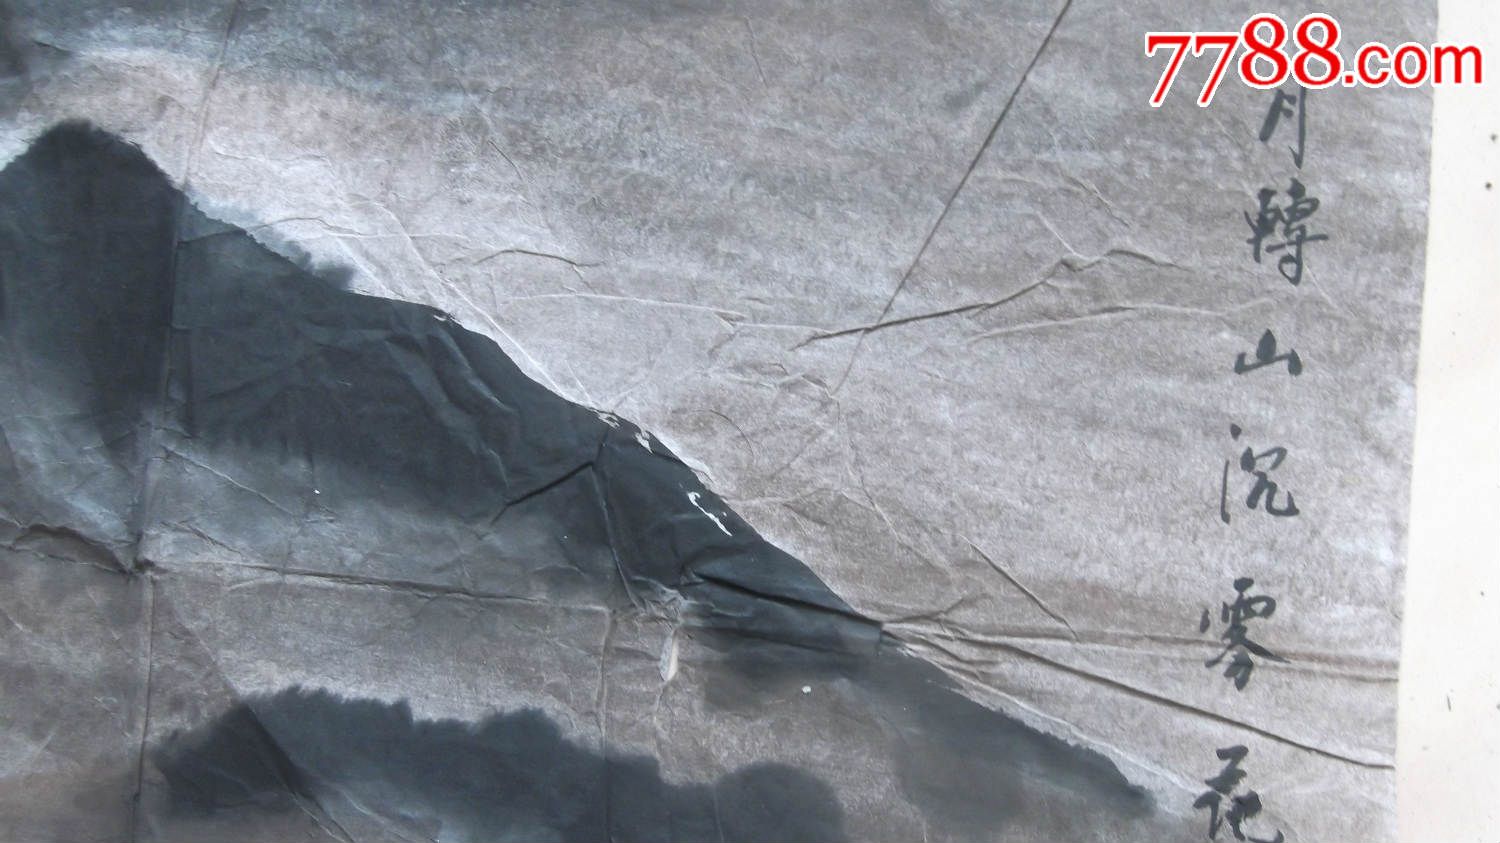
山高月小，水落石出